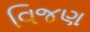
વિજણ